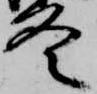
冬